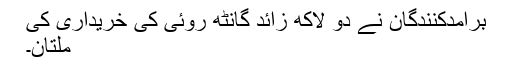
برآمدکنندگان نے دو لاکھ زائد گانٹھ روئی کی خریداری کی
ملتان۔